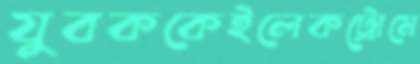
যুবককেইলেকট্রোমে